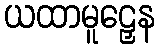
ယထာမူဠှေန